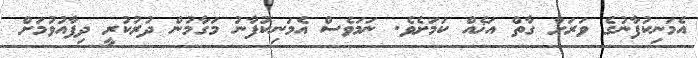
އެމަނިކުފާނުގެ ވަރަށް ގާތް އަޚެއް ކަމަށެވެ. ނަމަވެސް އެމަނިކުފާނު މަގާމުން ދުރުކުރީ ދިފާއުވުމަށް